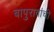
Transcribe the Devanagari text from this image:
बापुरावांची